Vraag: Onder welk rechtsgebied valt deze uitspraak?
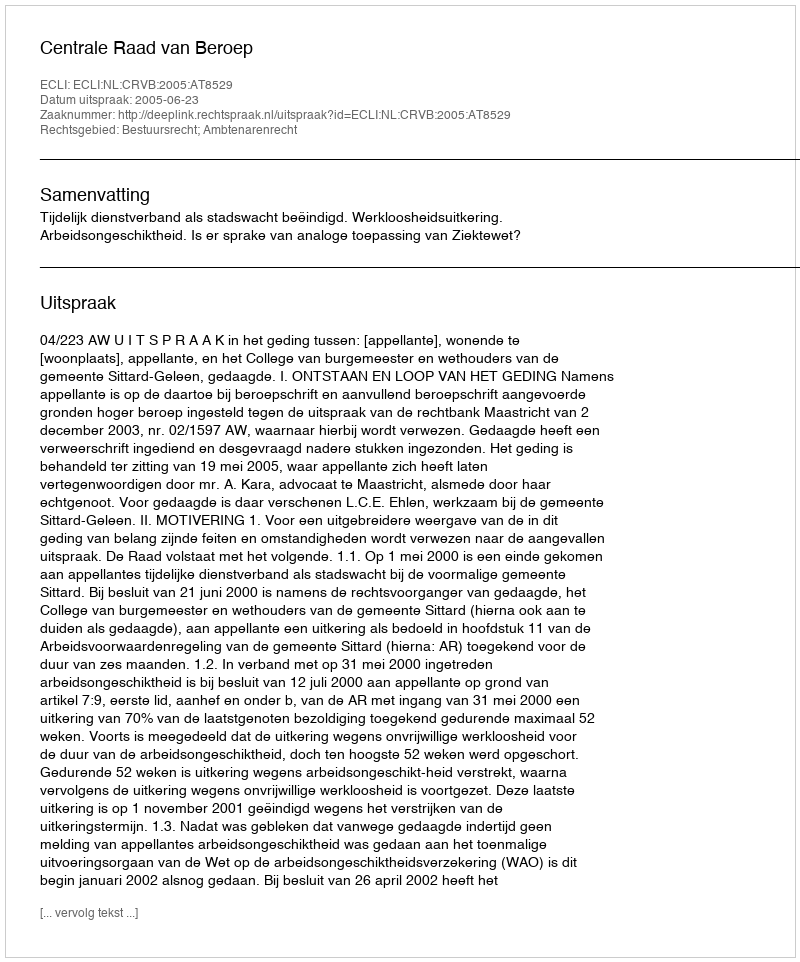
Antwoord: Bestuursrecht; Ambtenarenrecht